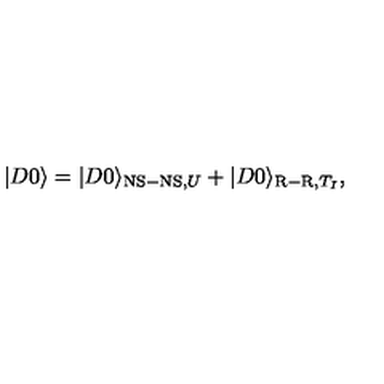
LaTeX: | D 0 \rangle = | D 0 \rangle _ { \mathrm { N S - N S } , U } + | D 0 \rangle _ { \mathrm { R - R } , T _ { I } } ,